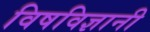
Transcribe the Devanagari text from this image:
विषविज्ञानी